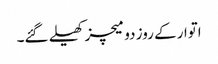
اتوار کے روز دو میچز کھیلے گئے۔